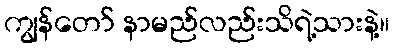
ကျွန်တော် နာမည်လည်းသိရဲ့သားနဲ့။